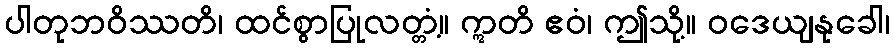
ပါတုဘဝိဿတိ၊ ထင်စွာပြုလတ္တံ့။ ဣတိ ဧဝံ၊ ဤသို့။ ဝဒေယျနုခေါ၊